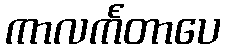
ကာလင်္ကတာပေ